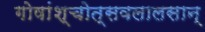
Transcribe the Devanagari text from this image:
गोषांश्चोत्सवलालसान्‌